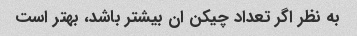
به نظر اگر تعداد چیکن ان بیشتر باشد، بهتر است